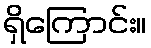
ရှိကြောင်း။